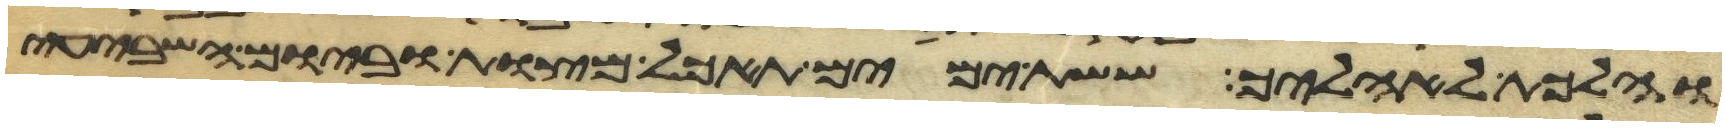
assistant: והלכת לאהליך ששת ימים תאכל מצות וביום השביעי